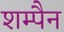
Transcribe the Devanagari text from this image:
शम्पैन